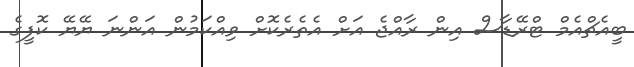
ބީއެޗްއެމް ޓްރޭޑާސް އިން ރާއްޖެ އަށް އެތެރެކޮށް ވިއްކަމުން އަންނަ ޔޭޔޭ ކޮފީގެ